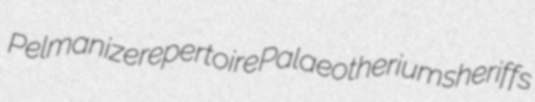
Pelmanize repertoire Palaeotherium sheriffs